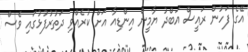
އޭގެ ފަހުން ރައީސް އަބްދު ޔާމީން އިންޑިއާ އަށް ކުރެއްވި ދަތުރުފުޅުގައި ވެސް